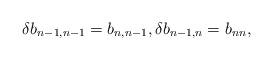
LaTeX: \begin{align*}\delta b_{n-1,n-1} = b_{n,n-1},\delta b_{n-1,n} =b_{nn},\end{align*}